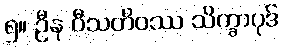
၅။ ဦန ဝီသတိဝဿ သိက္ခာပုဒ်